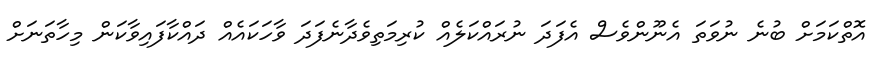
އޮތްކަމަށް ބުނެ ނުވަތަ އެނޫންވެސް އެފަދަ ނުރައްކަލެއް ކުރިމަތިވެދާނެފަދަ ވާހަކައެއް ދައްކާފައިވާކަން މިހާތަނަށް